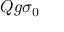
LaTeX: Q g \sigma _ { 0 }